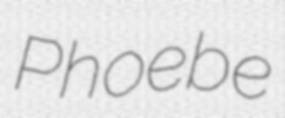
Phoebe